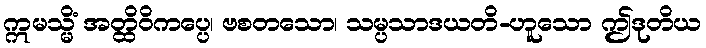
ဣမသ္မိံ အတ္ထိဝိကပ္ပေ၊ ဗစတသော၊ သမ္ပသာဒယတိ-ဟူသော ဤဒုတိယ